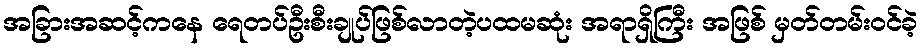
အခြားအဆင့်ကနေ ရေတပ်ဦးစီးချုပ်ဖြစ်လာတဲ့ပထမဆုံး အရာရှိကြီး အဖြစ် မှတ်တမ်းဝင်ခဲ့